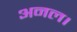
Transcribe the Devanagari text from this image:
अनल।